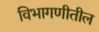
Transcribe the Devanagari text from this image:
विभागणीतील